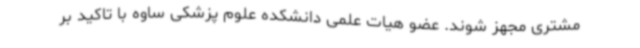
مشتری مجهز شوند. عضو هیات علمی دانشکده علوم پزشکی ساوه با تاکید بر